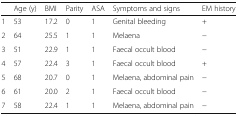
|  | Age (y) | BMI | Parity | ASA | Symptoms and signs | EM history |
 | --- | --- | --- | --- | --- | --- | --- |
 | 1 | 53 | 17.2 | 0 | 1 | Genital bleeding | + |
 | 2 | 64 | 25.5 | 1 | 1 | Melaena | − |
 | 3 | 51 | 22.9 | 1 | 1 | Faecal occult blood | − |
 | 4 | 57 | 22.4 | 3 | 1 | Faecal occult blood | + |
 | 5 | 68 | 20.7 | 0 | 1 | Melaena, abdominal pain | − |
 | 6 | 61 | 20.0 | 2 | 1 | Faecal occult blood | − |
 | 7 | 58 | 22.4 | 1 | 1 | Melaena, abdominal pain | − |